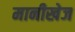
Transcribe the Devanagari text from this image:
मानीखेज